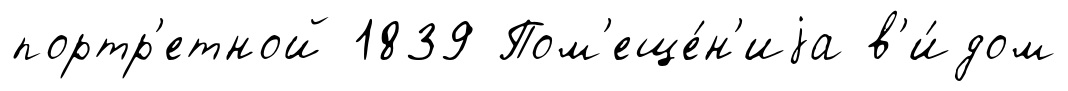
портр'етной 1839 Пом'еще́н'иjа в'и́дом